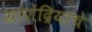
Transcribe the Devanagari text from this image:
ग्राणेंद्रियाचे